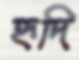
হৃদি